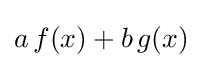
a\,f(x)+b\,g(x)